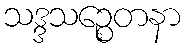
သဒ္ဒသဉ္စေတနာ